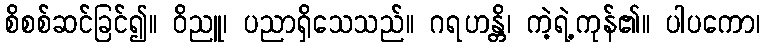
စိစစ်ဆင်ခြင်၍။ ဝိညူ၊ ပညာရှိသေသည်။ ဂရဟန္တိ၊ ကဲ့ရဲ့ကုန်၏။ ပါပကော၊